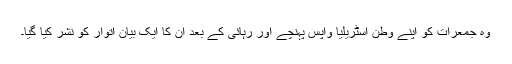
وہ جمعرات کو اپنے وطن آسٹریلیا واپس پہنچے اور رہائی کے بعد ان کا ایک بیان اتوار کو نشر کیا گیا۔